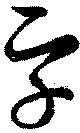
字